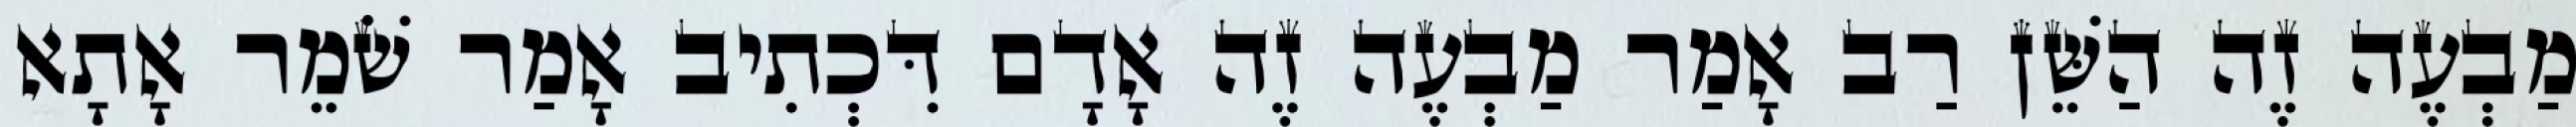
מַבְעֶה זֶה הַשֵּׁן רַב אָמַר מַבְעֶה זֶה אָדָם דִּכְתִיב אָמַר שֹׁמֵר אָתָא